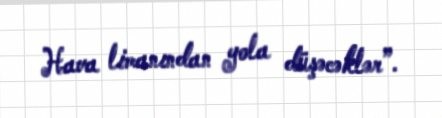
Hava limanından yola düşəcəklər”.